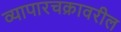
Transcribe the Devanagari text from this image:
व्यापारचक्रावरील